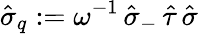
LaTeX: \hat{\sigma}_{q}:=\omega^{-1}\, \hat{\sigma}_{-}\, \hat{\tau}\, \hat{\sigma}